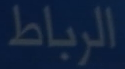
الرباط